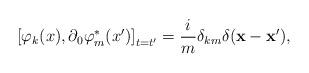
LaTeX: \begin{align*}\left[ \varphi_k(x),\partial_0 \varphi _{m}^{*}(x^{\prime})\right] _{t=t^{\prime }}=\frac{i}{m}\delta _{km}\delta(\mathbf{x}-\mathbf{x}^{\prime }) ,\end{align*}